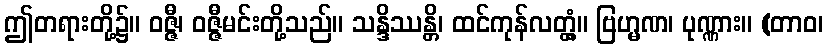
ဤတရားတို့၌။ ဝဇ္ဇီ၊ ဝဇ္ဇီမင်းတို့သည်။ သန္ဒိဿန္တိ၊ ထင်ကုန်လတ္တံ့။ ဗြဟ္မဏ၊ ပုဏ္ဏား။ (တာဝ၊